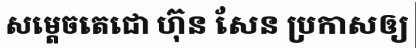
សម្តេចតេជោ ហ៊ុន សែន ប្រកាសឲ្យ